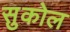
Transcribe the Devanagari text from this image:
सुकोल